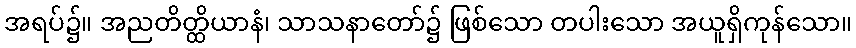
အရပ်၌။ အညတိတ္ထိယာနံ၊ သာသနာတော်၌ ဖြစ်သော တပါးသော အယူရှိကုန်သော။